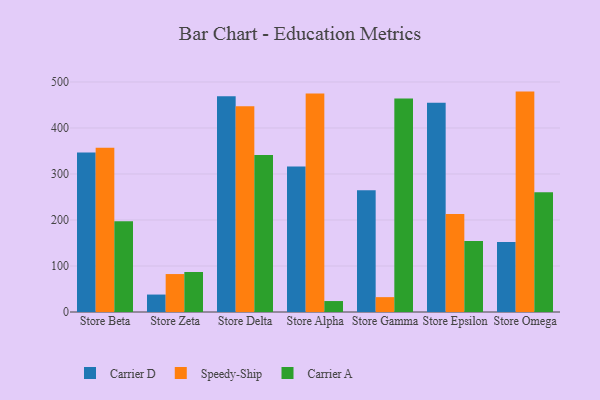
{"axis": {"x": "Store", "y": "Humidity (%)"}, "legend": ["Carrier A", "Carrier D", "Speedy-Ship"], "data": [{"x": "Store Beta", "y": 346.9, "type": "Carrier D"}, {"x": "Store Beta", "y": 357.0, "type": "Speedy-Ship"}, {"x": "Store Beta", "y": 197.4, "type": "Carrier A"}, {"x": "Store Zeta", "y": 37.9, "type": "Carrier D"}, {"x": "Store Zeta", "y": 82.5, "type": "Speedy-Ship"}, {"x": "Store Zeta", "y": 86.9, "type": "Carrier A"}, {"x": "Store Delta", "y": 469.0, "type": "Carrier D"}, {"x": "Store Delta", "y": 447.1, "type": "Speedy-Ship"}, {"x": "Store Delta", "y": 341.1, "type": "Carrier A"}, {"x": "Store Alpha", "y": 316.2, "type": "Carrier D"}, {"x": "Store Alpha", "y": 474.7, "type": "Speedy-Ship"}, {"x": "Store Alpha", "y": 23.8, "type": "Carrier A"}, {"x": "Store Gamma", "y": 264.9, "type": "Carrier D"}, {"x": "Store Gamma", "y": 32.3, "type": "Speedy-Ship"}, {"x": "Store Gamma", "y": 463.9, "type": "Carrier A"}, {"x": "Store Epsilon", "y": 454.9, "type": "Carrier D"}, {"x": "Store Epsilon", "y": 213.1, "type": "Speedy-Ship"}, {"x": "Store Epsilon", "y": 154.2, "type": "Carrier A"}, {"x": "Store Omega", "y": 152.1, "type": "Carrier D"}, {"x": "Store Omega", "y": 479.1, "type": "Speedy-Ship"}, {"x": "Store Omega", "y": 260.3, "type": "Carrier A"}]}